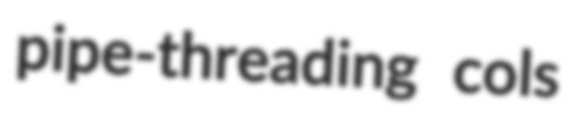
pipe-threading cols